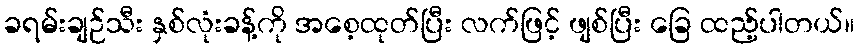
ခရမ်းချဉ်သီး နှစ်လုံးခန့်ကို အစေ့ထုတ်ပြီး လက်ဖြင့် ဖျစ်ပြီး ခြေ ထည့်ပါတယ်။